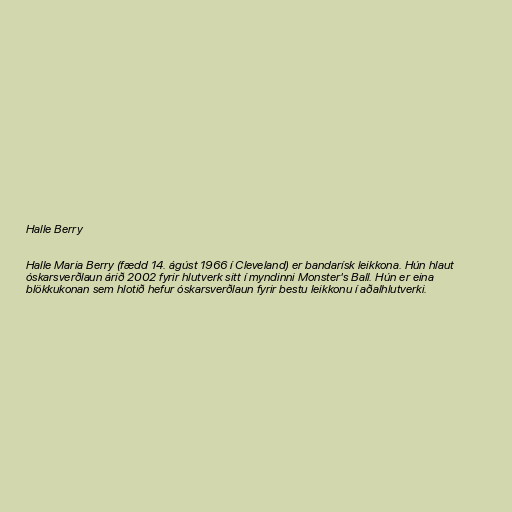
Halle Berry

Halle Maria Berry (fædd 14. ágúst 1966 í Cleveland) er bandarísk leikkona. Hún hlaut
óskarsverðlaun árið 2002 fyrir hlutverk sitt í myndinni Monster's Ball. Hún er eina
blökkukonan sem hlotið hefur óskarsverðlaun fyrir bestu leikkonu í aðalhlutverki.